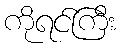
ကိုရင်ကြီး